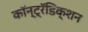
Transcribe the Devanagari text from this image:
कॉन्ट्रॅडिक्शन